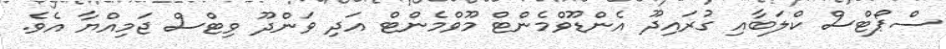
ސްޕޯޓްސް ކްލަބާއި ގުރައިދޫ އެންޑޫވްމެންޓް މޫވްމެންޓް އަދި ވަންދޫ ވިޓްސް ޖަމިއްޔާ އެވެ.